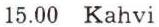
15.00 Kahvi